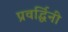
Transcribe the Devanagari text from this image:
प्रवर्द्धिनी